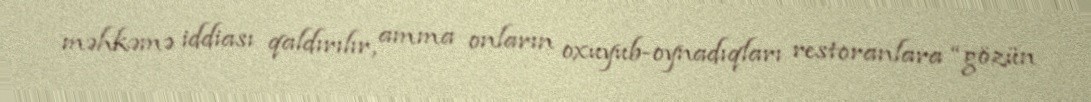
məhkəmə iddiası qaldırılır, amma onların oxuyub-oynadıqları restoranlara “gözün